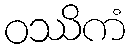
ဝဿိကံ